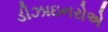
ડીઝાઇનરોએ